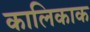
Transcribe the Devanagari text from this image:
कालिकाक